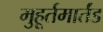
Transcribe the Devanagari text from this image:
मुहूर्तमार्तंड